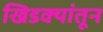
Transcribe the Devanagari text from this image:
खिडक्यांतून